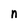
Character: n